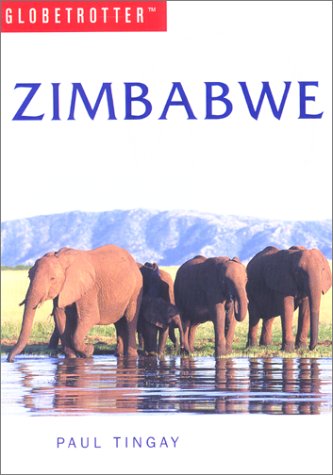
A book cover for Zimbabwe Travel Guide; Globetrotter; Travel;